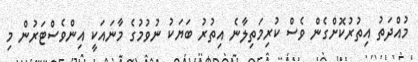
މުއްދަތު އިތުރުކޮށްގެން ވެސް ކުރިމަތިލާނެ އިތުރު ބަޔަކު ނުވުމުގެ މާނައަކީ އިންވެސްޓަރުން މި